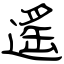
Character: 遙